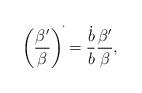
LaTeX: \begin{align*}\left(\frac{\beta '}{\beta}\right)^{\dot{}}=\frac{\dot{b}}{b}\frac{\beta'}{\beta},\end{align*}